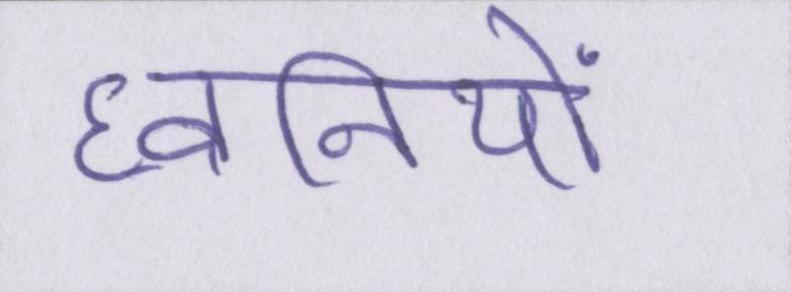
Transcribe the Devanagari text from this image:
ध्वनियों